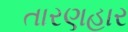
તારણહાર